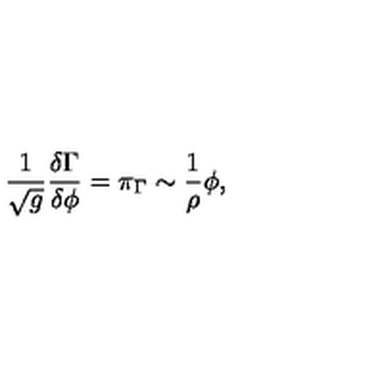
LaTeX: \frac 1 { \sqrt { g } } \frac { \delta \Gamma } { \delta \phi } = \pi _ { \Gamma } \sim \frac 1 \rho \phi ,